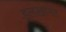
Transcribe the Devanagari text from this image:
इलख़ानत